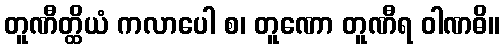
တူဏီတ္ထိယံ ကလာပေါ စ၊ တူဏော တူဏီရ ဝါဏဓိ။